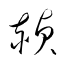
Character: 赬